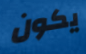
يكون